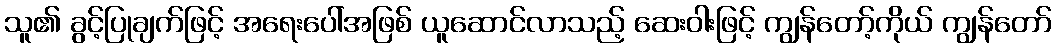
သူ၏ ခွင့်ပြုချက်ဖြင့် အရေးပေါ်အဖြစ် ယူဆောင်လာသည့် ဆေးဝါးဖြင့် ကျွန်တော့်ကိုယ် ကျွန်တော်